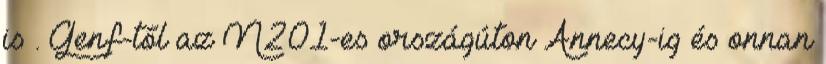
is . Genf-től az N201-es országúton Annecy-ig és onnan